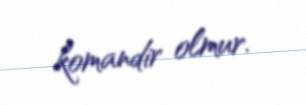
komandir olmur.